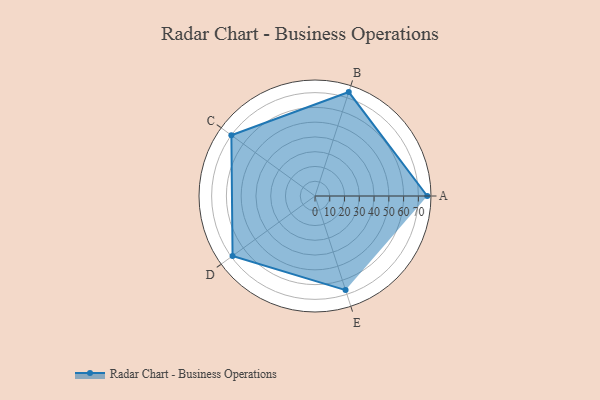
{"axis": {"x": "Skill", "y": "Score"}, "legend": ["Profile"], "data": [{"x": "A", "y": 76.0, "type": "Profile"}, {"x": "B", "y": 74.0, "type": "Profile"}, {"x": "C", "y": 70.0, "type": "Profile"}, {"x": "D", "y": 69.0, "type": "Profile"}, {"x": "E", "y": 67.0, "type": "Profile"}]}